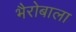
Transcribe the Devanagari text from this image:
भैरोबाला